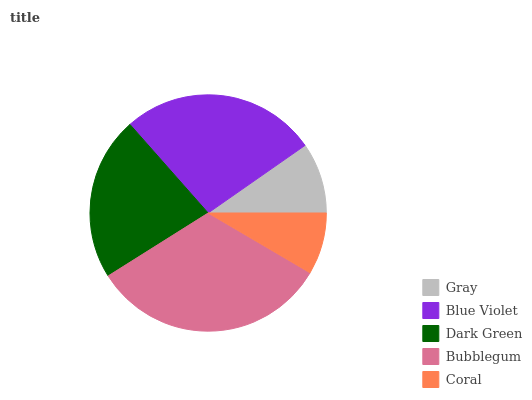
| Gray | Blue Violet | Dark Green | Bubblegum | Coral |
 | --- | --- | --- | --- | --- |
 | 9.68% | 26.9% | 22.4% | 32.6% | 8.44% |